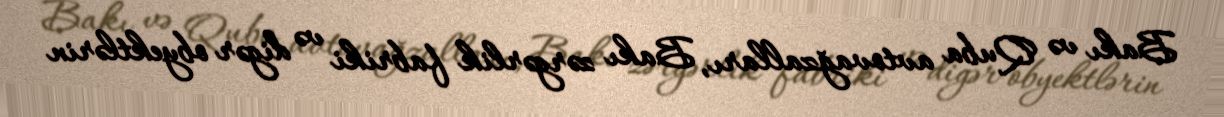
Bakı və Quba avtovağzalları, Bakı zərgərlik fabriki və digər obyektlərin